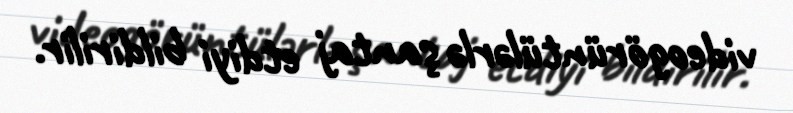
videogörüntülərlə şantaj etdiyi bildirilir.